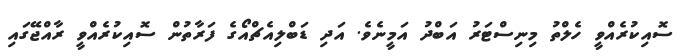
ސޮއިކުރެއްވީ ހެލްތު މިނިސްޓަރު އަބްދު އަމީނެވެ. އަދި ޑަބްލިއެޗްއޯގެ ފަރާތުން ސޮއިކުރެއްވީ ރާއްޖޭގައި